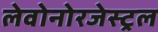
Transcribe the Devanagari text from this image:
लेवोनोरजेस्ट्रल